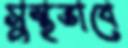
সুস্থভাবে